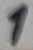
Text: 1